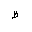
Letter: _za